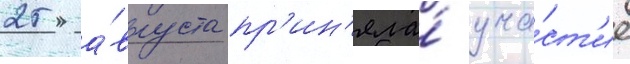
25 а́вгуста пр'ин'яла́ уча́ст'ие